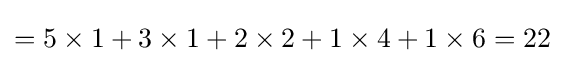
=5\times 1+3\times 1+2\times 2+1\times 4+1\times 6=22